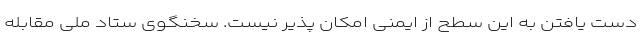
دست یافتن به این سطح از ایمنی امکان پذیر نیست. سخنگوی ستاد ملی مقابله